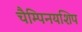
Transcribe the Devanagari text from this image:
चैम्पिनयशिप